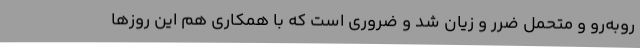
روبه‌رو و متحمل ضرر و زیان شد و ضروری است که با همکاری هم این روزها